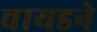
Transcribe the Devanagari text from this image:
वायडने